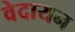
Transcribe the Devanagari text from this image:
वेदायन